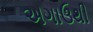
અગાઉથી